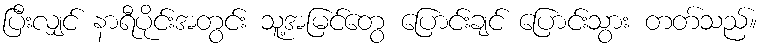
ပြီးလျှင် နာရီပိုင်းအတွင်း သူ့အမြင်တွေ ပြောင်းချင် ပြောင်းသွား တတ်သည်။